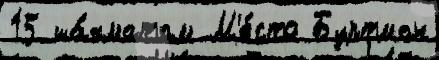
15 ша́хматам М'е́сто Буртман